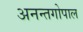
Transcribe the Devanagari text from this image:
अनन्तगोपाल